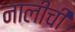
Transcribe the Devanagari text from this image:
नालीची